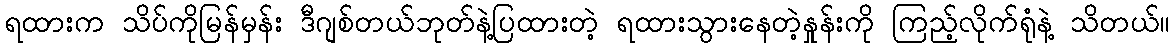
ရထားက သိပ်ကိုမြန်မှန်း ဒီဂျစ်တယ်ဘုတ်နဲ့ပြထားတဲ့ ရထားသွားနေတဲ့နှုန်းကို ကြည့်လိုက်ရုံနဲ့ သိတယ်။